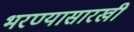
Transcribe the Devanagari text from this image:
भरण्यासारखी